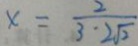
x = \frac { 2 } { 3 \cdot 2 \sqrt { 2 } }